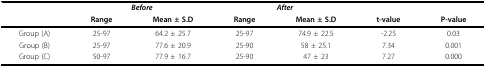
<table><thead><tr><td></td><td colspan="2"><b><i>Before</i></b></td><td colspan="2"><b><i>After</i></b></td><td></td><td></td></tr><tr><td></td><td><b>Range</b></td><td><b>Mean ± S.D</b></td><td><b>Range</b></td><td><b>Mean ± S.D</b></td><td><b>t-value</b></td><td><b>P-value</b></td></tr></thead><tbody><tr><td>Group (A)</td><td>25-97</td><td>64.2 ± 25.7</td><td>25-97</td><td>74.9 ± 22.5</td><td>-2.25</td><td>0.03</td></tr><tr><td>Group (B)</td><td>25-97</td><td>77.6 ± 20.9</td><td>25-90</td><td>58 ± 25.1</td><td>7.34</td><td>0.001</td></tr><tr><td>Group (C)</td><td>50-97</td><td>77.9 ± 16.7</td><td>25-90</td><td>47 ± 23</td><td>7.27</td><td>0.000</td></tr></tbody></table>